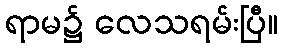
ရာမ၌ လေသရမ်းပြီ။